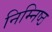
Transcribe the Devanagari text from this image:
निम्निष्ठ